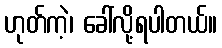
ဟုတ်ကဲ့၊ ခေါ်လို့ရပါတယ်။